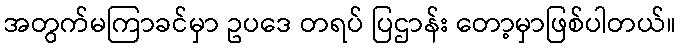
အတွက်မကြာခင်မှာ ဥပဒေ တရပ် ပြဌာန်း တော့မှာဖြစ်ပါတယ်။